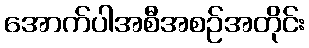
အောက်ပါအစီအစဉ်အတိုင်း